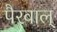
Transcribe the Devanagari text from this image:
पैरवाल्